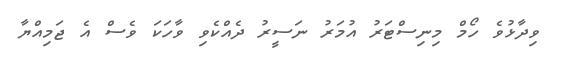
ވިދާޅުވެ ހޯމް މިނިސްޓަރު އުމަރު ނަސީރު ދެއްކެވި ވާހަކަ ވެސް އެ ޖަމިއްޔާ